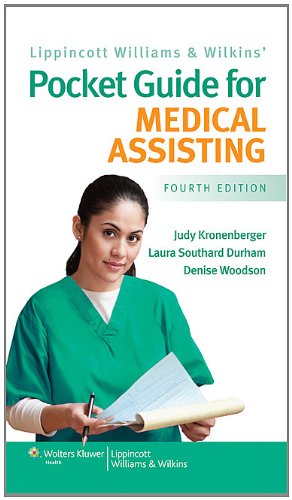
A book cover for Lippincott Williams and Wilkins' Pocket Guide for Medical Assisting; Judy Kronenberger PhD  RN  CMA(AAMA); Medical Books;